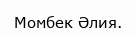
Момбек Әлия.